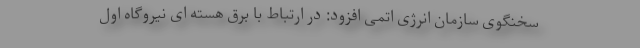
سخنگوی سازمان انرژی اتمی افزود: در ارتباط با برق هسته ای نیروگاه اول